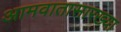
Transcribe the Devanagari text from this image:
आमवातासारख्या